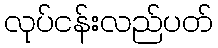
လုပ်ငန်းလည်ပတ်